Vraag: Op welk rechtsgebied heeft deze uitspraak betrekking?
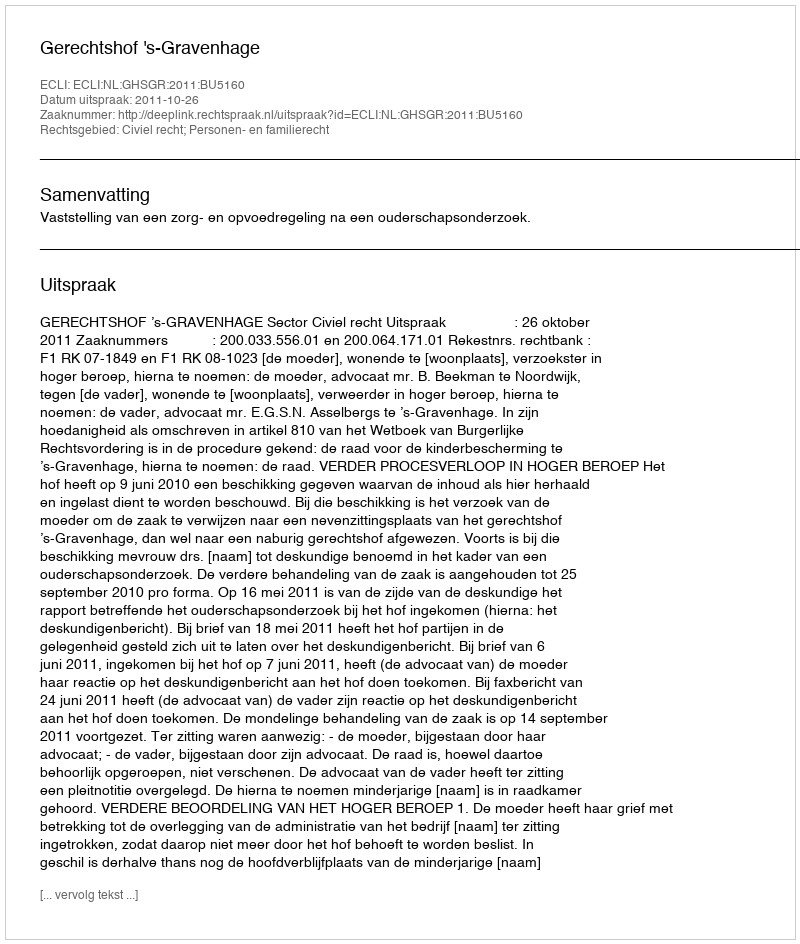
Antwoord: Civiel recht; Personen- en familierecht